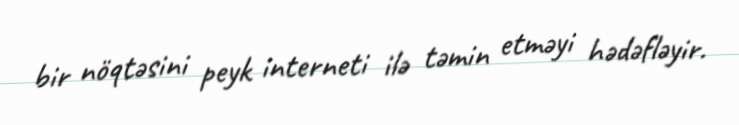
bir nöqtəsini peyk interneti ilə təmin etməyi hədəfləyir.